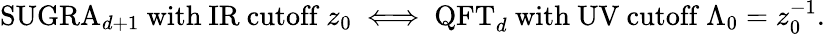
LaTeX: \mathrm{SUGRA}_{d+1}~\mathrm{with~IR~cutoff}~z_{0}~\Longleftrightarrow~\mathrm{QFT}_{d}~\mathrm{with~UV~cutoff}~\Lambda_{0}=z_{0}^{-1}.